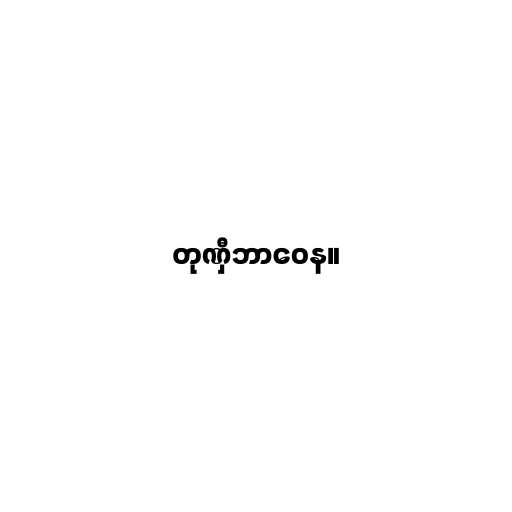
တုဏှီဘာဝေန။